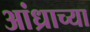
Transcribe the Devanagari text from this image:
आंध्राच्या